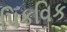
પિકવિક